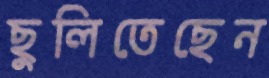
ছুলিতেছেন